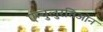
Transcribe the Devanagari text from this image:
एन्चुलुरतिओन